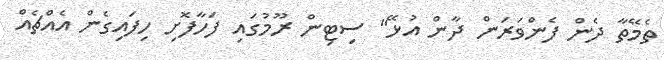
ތެމޭތާ ދެން ފެންވަރަން ދާން އުޅޭ" ސިޓިން ރޫމުގައި ފަހާފޮށި ހިފައިގެން އެއްޗެއް